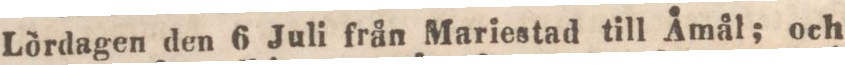
Lördagen den 6 Juli från Mariestad till Åmål; och